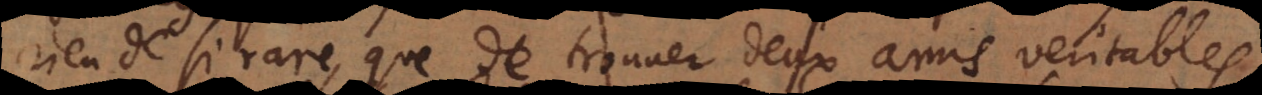
rien de si rare, que de trouver deux amis veritables,